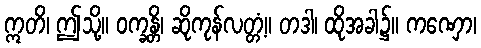
ဣတိ၊ ဤသို့။ ဝက္ခန္တိ၊ ဆိုကုန်လတ္တံ့။ တဒါ၊ ထိုအခါ၌။ ကဏှော၊